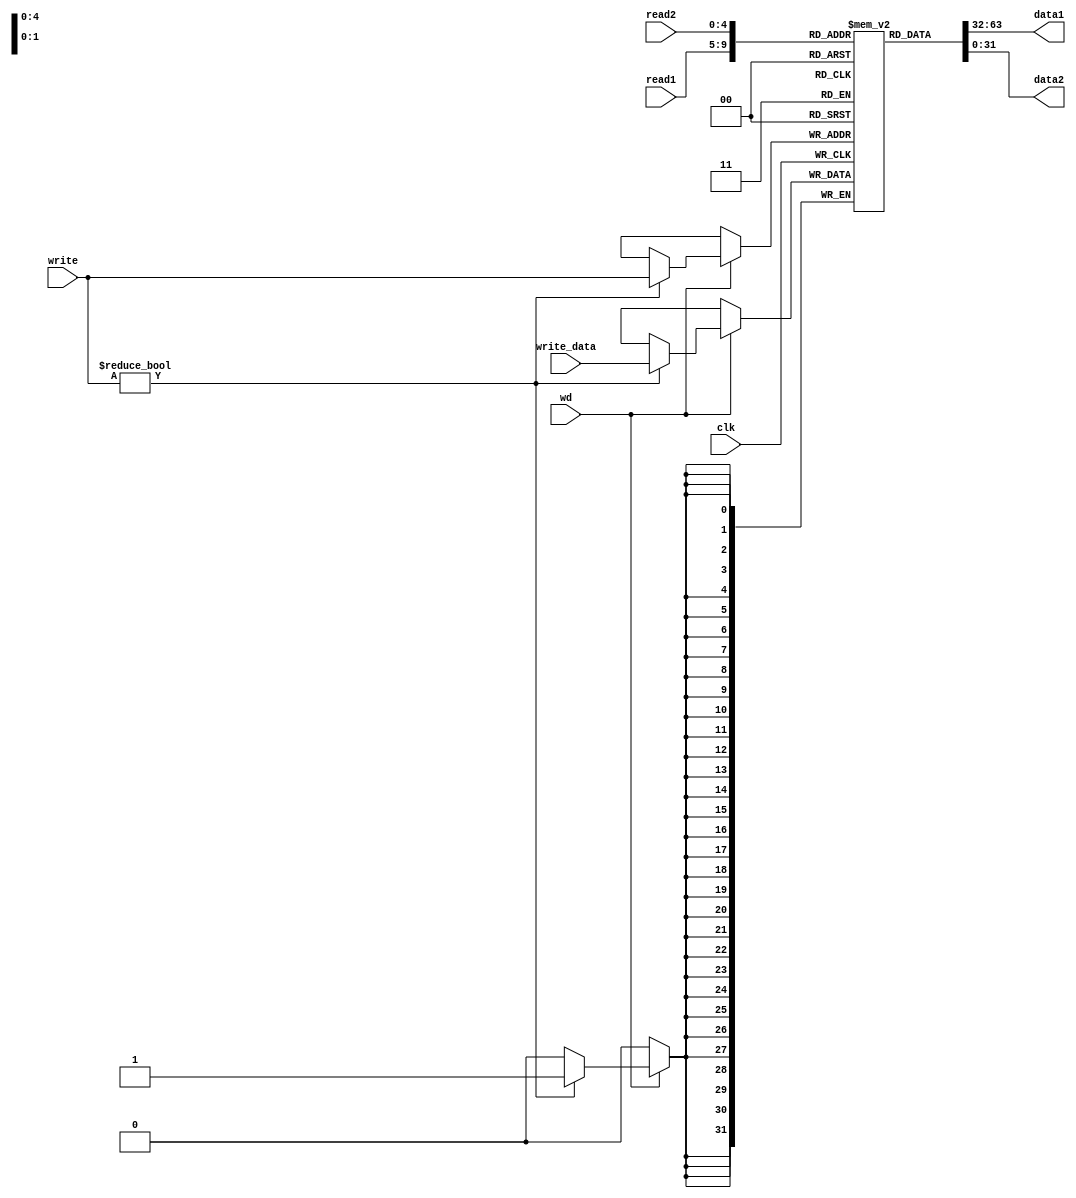
module gpr (
    input clk,
    input [4:0] read1, read2,
    input [4:0] write,
    input [31:0] write_data,
    input wd, 
    output [31:0] data1, data2
);

    reg [31:0] rgs[31:0];

    assign data1 = rgs[read1];
    assign data2 = rgs[read2];

    integer i;

    initial begin
        for (i = 0; i < 32; i = i + 1)
        begin
            rgs[i] = 32'h00000000;
        end
    end

    always @ (posedge clk)
    begin
        if (wd) begin
            if (write != 5'b0) 
                rgs[write] <= write_data;
        end
    end

endmodule